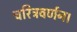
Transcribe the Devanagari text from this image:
चरित्रवर्णन।